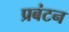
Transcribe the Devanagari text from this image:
प्रबंटन